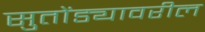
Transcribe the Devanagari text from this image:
सुतोंड्यावरील